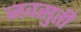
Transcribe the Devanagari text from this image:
नवसुती